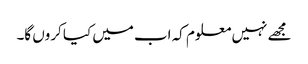
مجھے نہیں معلوم کہ اب میں کیا کروں گا۔